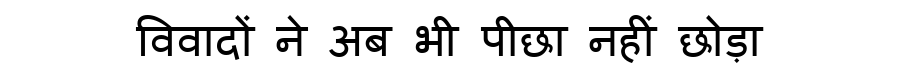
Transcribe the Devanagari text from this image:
विवादों ने अब भी पीछा नहीं छोड़ा